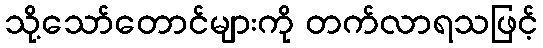
သို့သော်တောင်များကို တက်လာရသဖြင့်